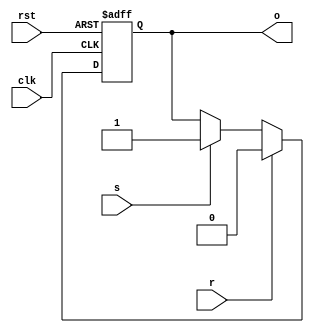
module flop(
	input clk, rst, s, r,
	output reg o
);
	always@(posedge clk, posedge rst) begin
		if(rst) o <= 1'b0;
		else begin
			if(r) o <= 1'b0;
			else if(s) o <= 1'b1;
		end
	end
endmodule